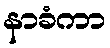
နာခံကာ